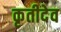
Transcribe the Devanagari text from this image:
कृतीदेव